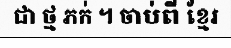
ជា ថ្ម ភក់ ។ ចាប់ពី ខ្មែរ